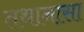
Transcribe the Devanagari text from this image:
तथानासा